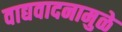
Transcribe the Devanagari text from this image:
वाद्यवादनामुळे